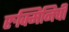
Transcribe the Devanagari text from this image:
रुक्मिनिची